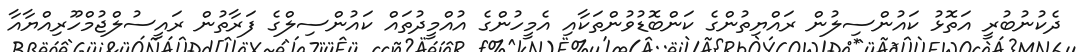
ދެކުނުބުރީ އަތޮޅު ކައުންސިލުން ރައްޔިތުންގެ ކަންބޮޑުވުންތަކާއި އެމީހުންގެ އުއްމީދުތައް ކައުންސިލްގެ ފަރާތުން ރައީސުލްޖުމްހޫރިއްޔާއާ